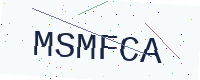
Text: MSMFCA